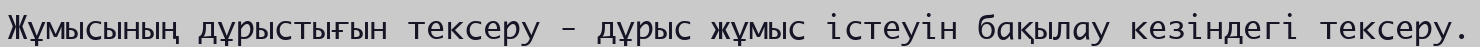
Жұмысының дұрыстығын тексеру - дұрыс жұмыс істеуін бақылау кезіндегі тексеру.